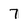
Character: 7